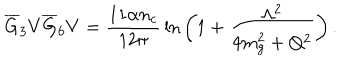
LaTeX: \overline { { G } } _ { 3 } V \overline { { G } } _ { 6 } V = { \frac { 1 1 \alpha n _ { c } } { 1 2 \pi } } \ln { \bigg ( 1 + { \frac { \Lambda ^ { 2 } } { 4 m _ { g } ^ { 2 } + Q ^ { 2 } } } \bigg ) } \, .